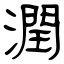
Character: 潤